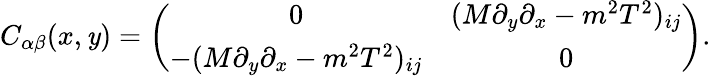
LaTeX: C_{\alpha\beta}(x,\mathit{y})=\left(\begin{array}{cc}{{0}}&{{(M\partial_{y}\partial_{x}-m^{2}T^{2})_{ij}}}\\ {{-(M\partial_{y}\partial_{x}-m^{2}T^{2})_{ij}}}&{{0}}\end{array}\right).